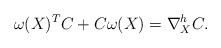
LaTeX: \begin{align*} \omega(X)^TC+C\omega(X)=\nabla^h_X C.\end{align*}